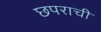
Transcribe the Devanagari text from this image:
छपराची